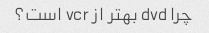
چرا dvd بهتر از vcr است؟